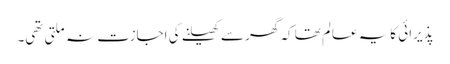
پذیرائی کایہ عالم تھا کہ گھر سے کھیلنے کی اجازت نہ ملتی تھی۔